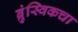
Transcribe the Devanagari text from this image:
ब्रुंस्विकचा